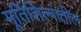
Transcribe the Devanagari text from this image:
मूर्तिशिल्पातील